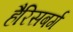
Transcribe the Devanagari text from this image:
हैरिसबर्ग